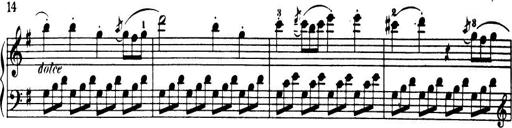
Title: 32 Sonatinas and Rondos for the Piano
Composer: Richard Kleinmichel